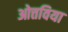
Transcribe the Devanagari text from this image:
ओत्तविया